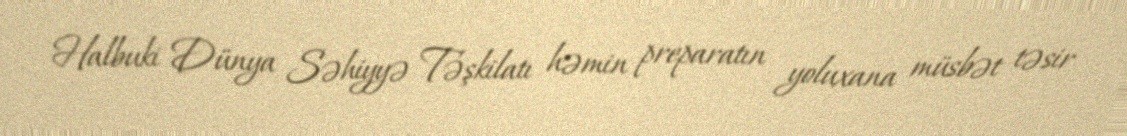
Halbuki Dünya Səhiyyə Təşkilatı həmin preparatın yoluxana müsbət təsir